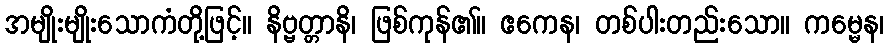
အမျိုးမျိုးသောကံတို့ဖြင့်။ နိဗ္ဗတ္တာနိ၊ ဖြစ်ကုန်၏။ ဧကေန၊ တစ်ပါးတည်းသော။ ကမ္မေန၊